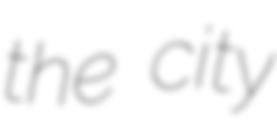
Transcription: the city